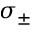
\sigma _ { \pm }